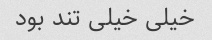
خیلی خیلی تند بود